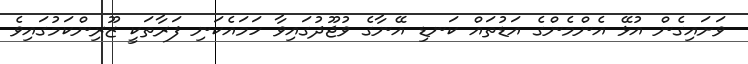
ވަށައިގެން އުޅޭ އެންމެންގެ އަޑުތައް ކަނޑި އޭނާގެ ވުޖޫދުގައިވާ ހަމައެކަނި ފަރާތަކީ ޒޫރިންކަމުގައިވެ